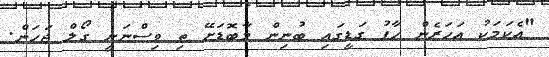
"އެކަމަކު އަހަރެން ހާފު ގަޑީގައި ބުނިން މާބޮޑަށޭ ތި ވިސްނަނީ ގޯލް ޖަހަން.